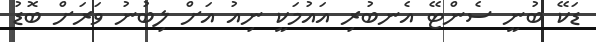
ޑަކޭ ބުނީ ސެންޓޭ އެނބުރި އައުމަކީ ނިއު އަށް ލިބުނު ވަރަށް ބޮޑު